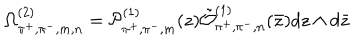
\Omega _ { \pi ^ { + } , \pi ^ { - } , m , n } ^ { ( 2 ) } = { \cal P } _ { \pi ^ { + } , \pi ^ { - } , m } ^ { ( 1 ) } ( z ) \tilde { \cal O } _ { \pi ^ { + } , \pi ^ { - } , n } ^ { ( 1 ) } ( \bar { z } ) d z \wedge d \bar { z }